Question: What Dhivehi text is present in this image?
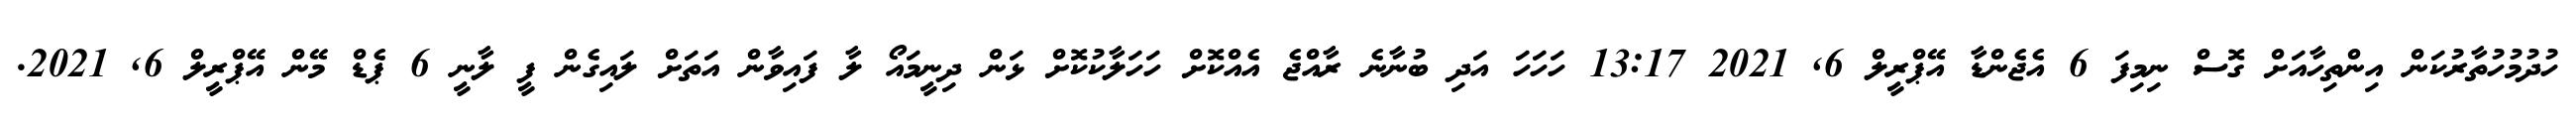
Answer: ހުދުމުހުތާރުކަން އިންތިހާއަށް ގޮސް ނިމިފަ 6 އެޖެންޑާ އޭޕްރީލް 6, 2021 13:17 ހަހަހަ އަދި ބުނާނެ ރާއްޖެ އެއްކޮށް ހަހަލާކުކޮށް ޅަން ދިނީމައޯ ލާ ފައިވާން އަތަށް ލައިގެން ފީ ލާނީ 6 ޕެޑް މޭން އޭޕްރީލް 6, 2021.